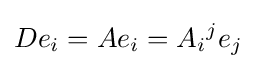
De_{i}=Ae_{i}=A_{i}{}^{j}e_{j}